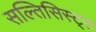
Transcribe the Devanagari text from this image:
सल्तिसिस्ट्स